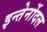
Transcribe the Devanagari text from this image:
इन्तेर्नोदल